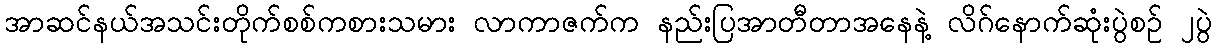
အာဆင်နယ်အသင်းတိုက်စစ်ကစားသမား လာကာဇက်က နည်းပြအာတီတာအနေနဲ့ လိဂ်နောက်ဆုံးပွဲစဉ် ၂ပွဲ